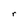
Character: r